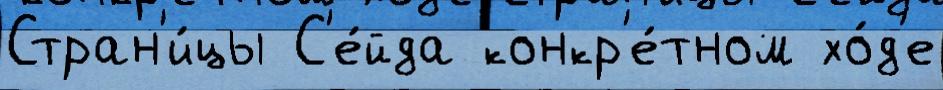
Стран'и́цы С'е́йда конкр'е́тном хо́д'е